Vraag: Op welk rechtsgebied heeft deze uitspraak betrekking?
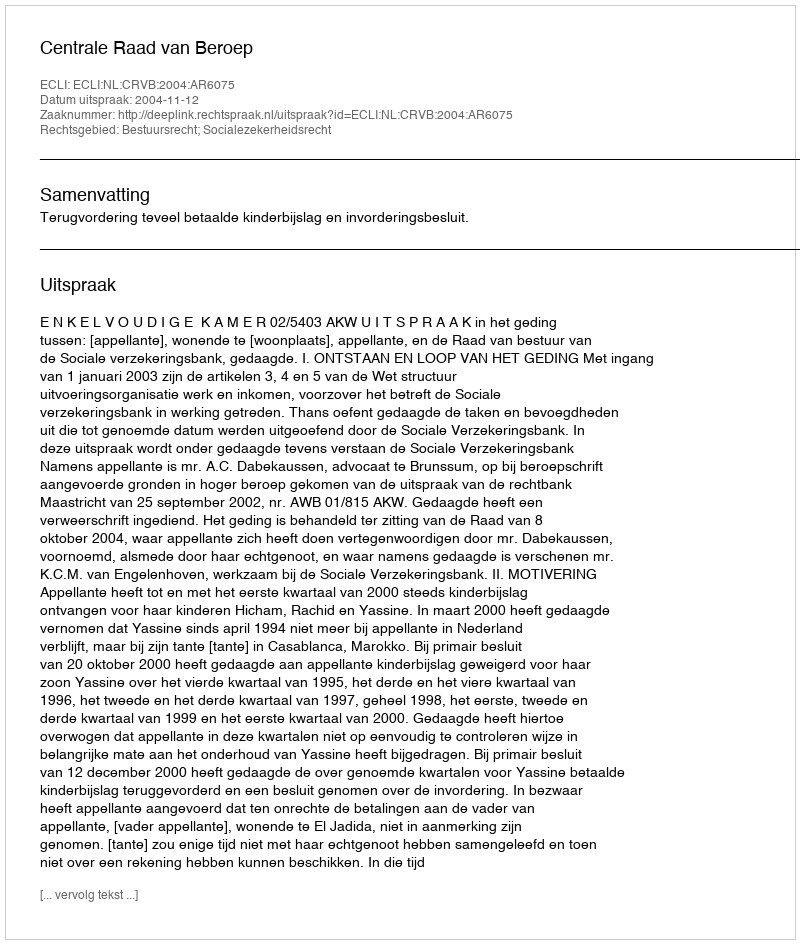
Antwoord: Bestuursrecht; Socialezekerheidsrecht